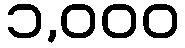
၁,၀၀၀